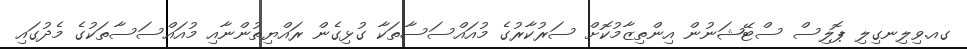
ގއ.ވިލިނގިލި ޕޮލިސް ސްޓޭޝަނުން އިންތިޒާމުކޮށް ސަރުކާރުގެ މުއައްސަސާތަކާ ގުޅިގެން ރައްޔިތުންނާއި މުއައްސަސާތަކުގެ މެދުގައި